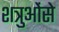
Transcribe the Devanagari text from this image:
शत्रुओंसे